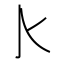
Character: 𰛅